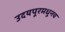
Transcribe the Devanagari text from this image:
उदयपूरमधूनच